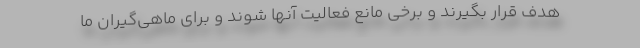
هدف قرار بگیرند و برخی مانع فعالیت آنها شوند و برای ماهی‌گیران ما